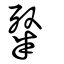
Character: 粲